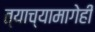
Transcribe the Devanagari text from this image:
त्याच्यामागेही